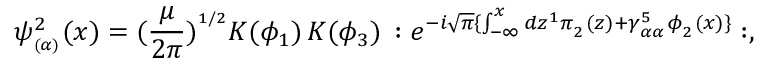
\psi _ { _ { ( \alpha ) } } ^ { 2 } ( x ) = ( \frac { \mu } { 2 \pi } ) ^ { ^ { 1 / 2 } } { \cal K } ( \phi _ { 1 } ) \, { \cal K } ( \phi _ { 3 } ) \, : e ^ { - i \sqrt { \pi } \{ \int _ { - \infty } ^ { x } d z ^ { 1 } \pi _ { _ 2 } ( z ) + \gamma _ { _ { \alpha \alpha } } ^ { 5 } \phi _ { _ 2 } ( x ) \} } : ,